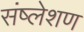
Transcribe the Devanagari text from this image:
संष्लेशण